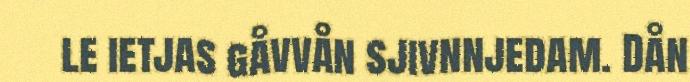
le ietjas gåvvån sjivnnjedam. Dån